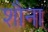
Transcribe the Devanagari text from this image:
शौना